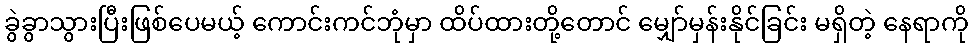
ခွဲခွာသွားပြီးဖြစ်ပေမယ့် ကောင်းကင်ဘုံမှာ ထိပ်ထားတို့တောင် မျှော်မှန်းနိုင်ခြင်း မရှိတဲ့ နေရာကို